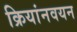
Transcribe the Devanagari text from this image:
क्रियांनवयन